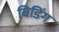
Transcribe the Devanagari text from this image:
बिडिंग